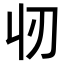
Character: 𬻲